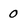
Character: 0